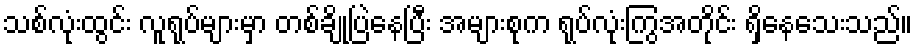
သစ်လုံးထွင်း လူရုပ်များမှာ တစ်ချို့ပြဲနေပြီး အများစုက ရုပ်လုံးကြွအတိုင်း ရှိနေသေးသည်။